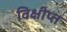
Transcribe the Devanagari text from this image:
विक्षीप्त